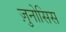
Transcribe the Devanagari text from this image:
ज़ुनोसिस